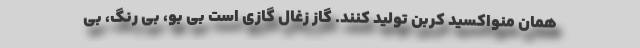
همان منواکسید کربن تولید کنند. گاز زغال گازی است بی بو، بی رنگ، بی